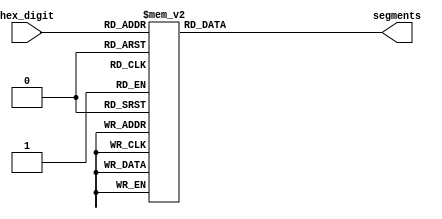
// code copied from csc258lab6. Thank you Rabia.

module HexDecoder(hex_digit, segments);
    input [3:0] hex_digit;
    output reg [6:0] segments;

    always @(*)
        case (hex_digit)
            4'h0: segments = 7'b100_0000;
            4'h1: segments = 7'b111_1001;
            4'h2: segments = 7'b010_0100;
            4'h3: segments = 7'b011_0000;
            4'h4: segments = 7'b001_1001;
            4'h5: segments = 7'b001_0010;
            4'h6: segments = 7'b000_0010;
            4'h7: segments = 7'b111_1000;
            4'h8: segments = 7'b000_0000;
            4'h9: segments = 7'b001_1000;
            4'hA: segments = 7'b000_1000;
            4'hB: segments = 7'b000_0011;
            4'hC: segments = 7'b100_0110;
            4'hD: segments = 7'b010_0001;
            4'hE: segments = 7'b000_0110;
            4'hF: segments = 7'b000_1110;
            default: segments = 7'h7f;
        endcase
endmodule